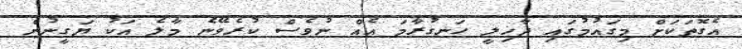
އެގޮތަކަށް މިގައުމުގައި ދާޚިލީ ހަނގުރާމަ އެެއް ނުވެސް ކުރެވޭނެ މާލެ އަކު ޔަގީނުން